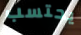
يحتسب